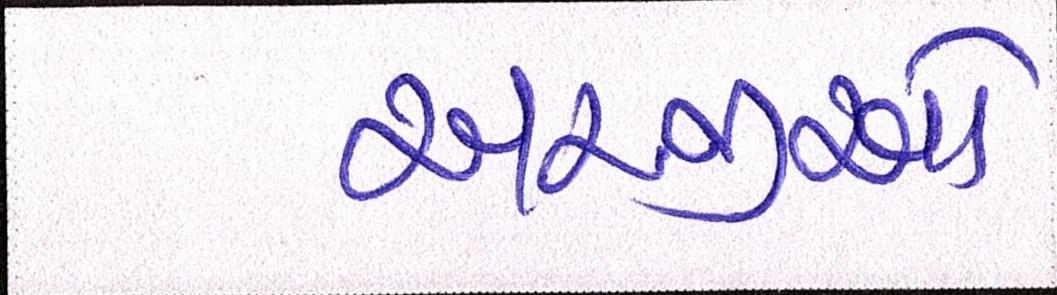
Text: અરજીઓ